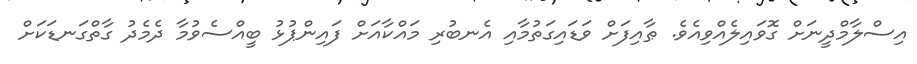
އިސްލާމްދީނަށް ގޮވައިލެއްވިއެވެ. ޠާއިފަށް ވަޑައިގަތުމާއި އެނބުރި މައްކާއަށް ފައިންޕުޅު ބީއްސެވުމާ ދެމެދު ގާތްގަނޑަކަށް